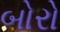
બોરો